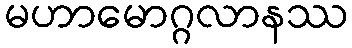
မဟာမောဂ္ဂလာနဿ